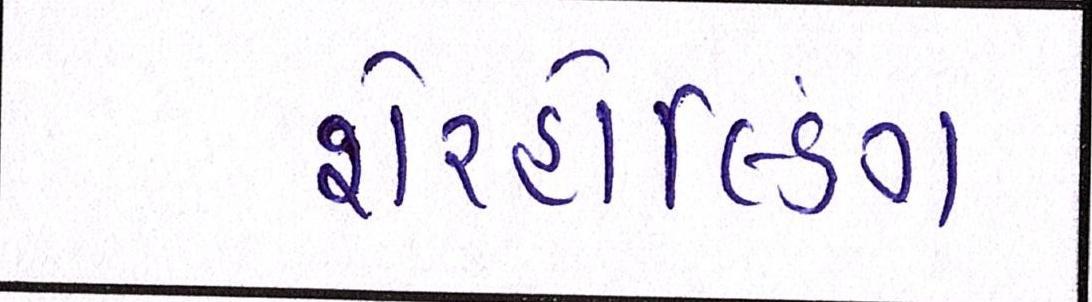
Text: શેરહોલ્ડિંગ